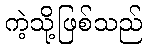
ကဲ့သို့ဖြစ်သည်